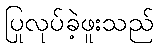
ပြုလုပ်ခဲ့ဖူးသည်